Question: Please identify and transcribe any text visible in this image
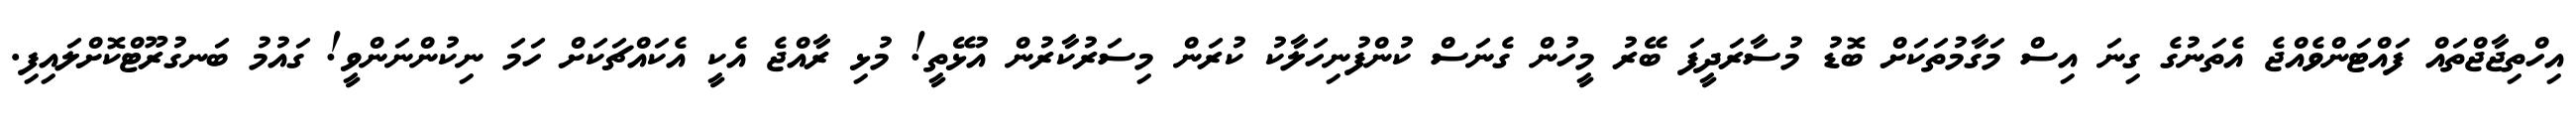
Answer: އިހްތިޖާޖްތައް ފައްޓަންވެއްޖެ އެތަނުގެ ގިނަ އިސް މަގާމުތަކަށް ބޮޑު މުސާރަދީފަ ބޭރު މީހުން ގެނަސް ކުންފުނިހަލާކު ކުރަން މިސަރުކާރުން އުޅޭތީ! މުޅި ރާއްޖެ އެކީ އެކައްޗަކަށް ހަމަ ނިކުންނަންވީ! ގައުމު ބަނގުރޫޓްކޮށްލައިފި.